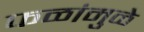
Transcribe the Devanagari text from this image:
फळांमुळे